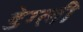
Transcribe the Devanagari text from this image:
डेग्ली